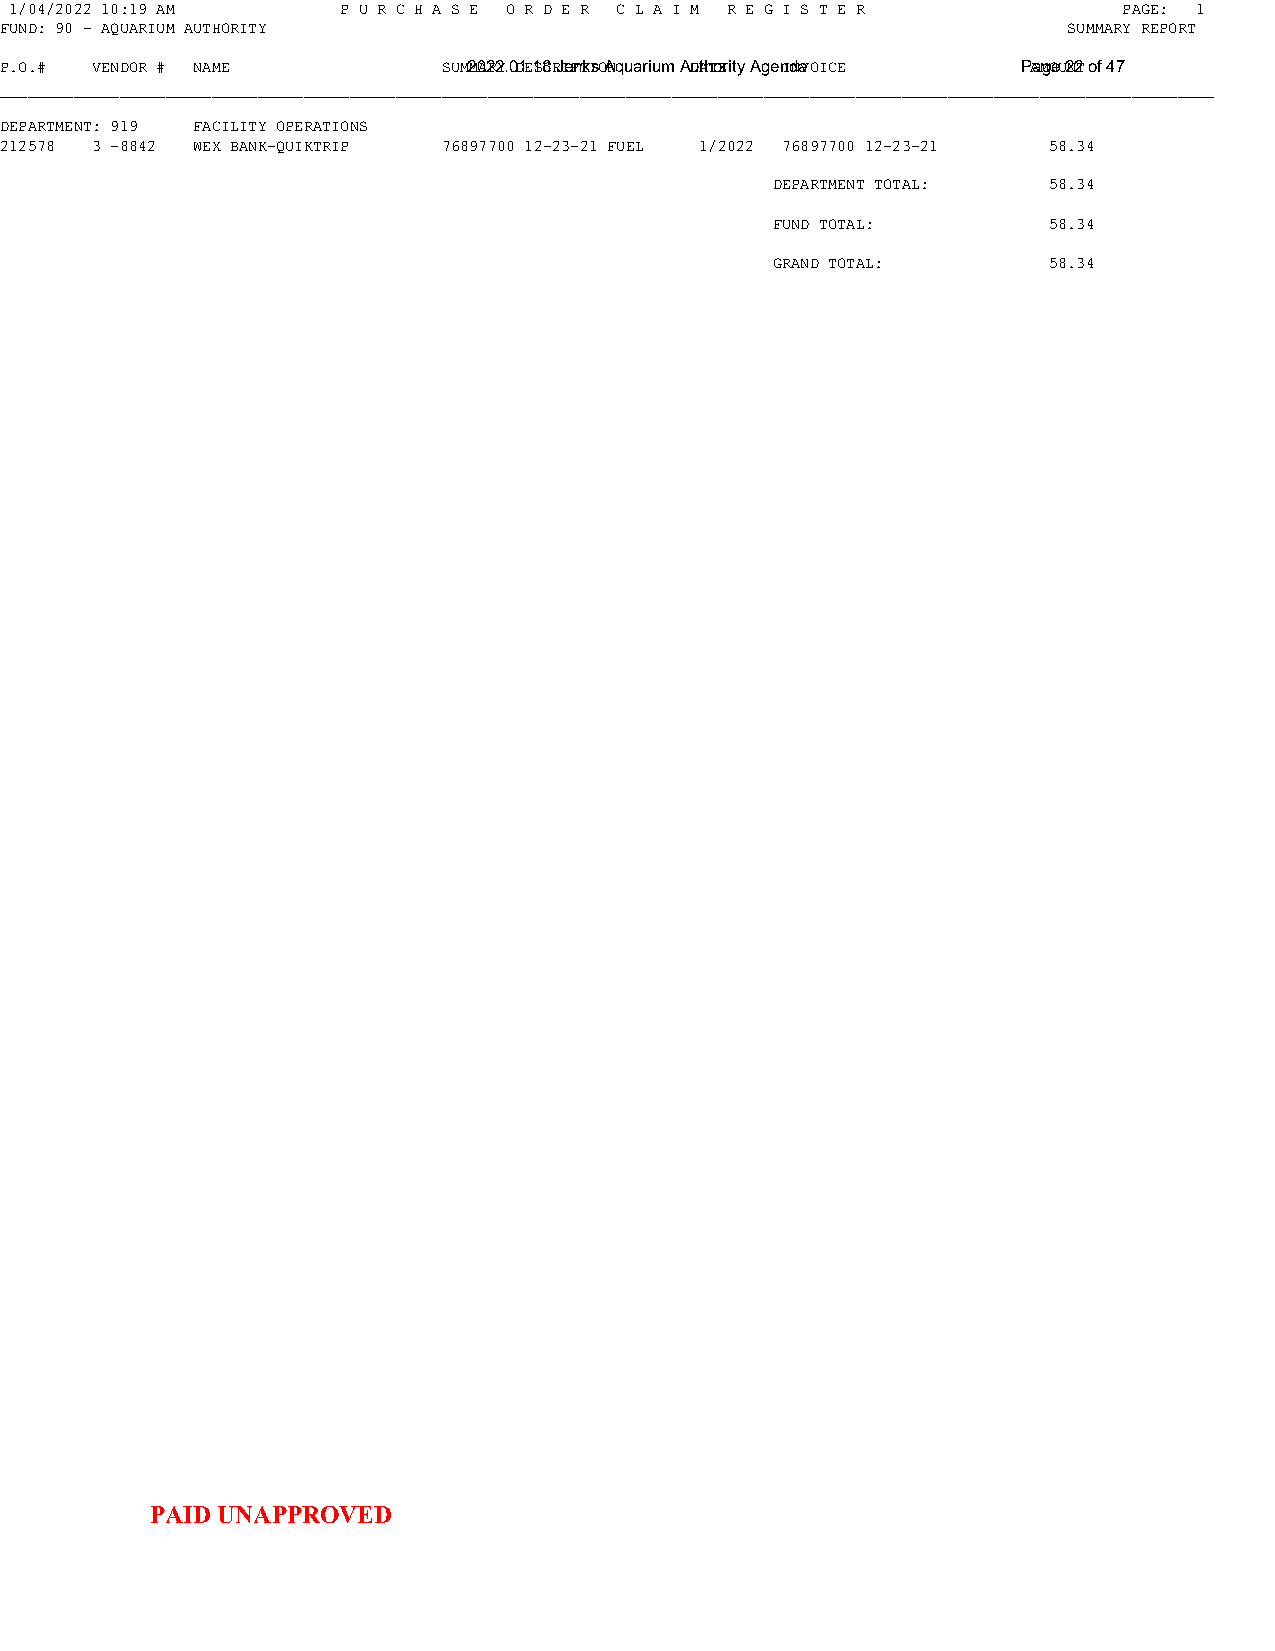
1/04/2022 10:19 AM    P U R C H A S E O R D E R C L A I M R E G I S T E R PAGE: 1
 FUND: 90 - AQUARIUM AUTHORITY                                          SUMMARY REPORT
 P.O.# VENDOR # NAME          SUM2M0A2R2Y. 0D1E.1S8C RJIePnTkIsO ANq u a r iu m A DuAthToEr it y A g e nIdNaVOICE PAaMgOeU 2N2T of 47
 ____________________________________________________________________________________________________________________________________
 DEPARTMENT: 919 FACILITY OPERATIONS
 212578 3 -8842 WEX BANK-QUIKTRIP 76897700 12-23-21 FUEL 1/2022 76897700 12-23-21 58.34
 DEPARTMENT TOTAL: 58.34
 FUND TOTAL:       58.34
 GRAND TOTAL:      58.34
 PAID UNAPPROVED